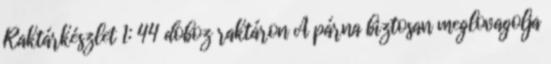
Raktárkészlet 1: 44 doboz raktáron A párna biztosan meglovagolja